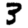
Digit: 3